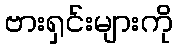
ဗားရှင်းများကို